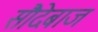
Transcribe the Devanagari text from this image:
सौदेबाज